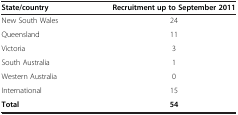
<table><thead><tr><td><b>State/country</b></td><td><b>Recruitment up to September 2011</b></td></tr></thead><tbody><tr><td>New South Wales</td><td>24</td></tr><tr><td>Queensland</td><td>11</td></tr><tr><td>Victoria</td><td>3</td></tr><tr><td>South Australia</td><td>1</td></tr><tr><td>Western Australia</td><td>0</td></tr><tr><td>International</td><td>15</td></tr><tr><td><b>Total</b></td><td><b>54</b></td></tr></tbody></table>